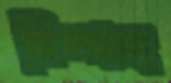
নিস্পন্দ